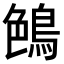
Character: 𪁅